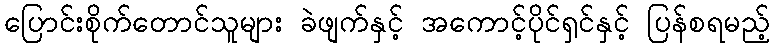
ပြောင်းစိုက်တောင်သူများ ခဲဖျက်နှင့် အကောင့်ပိုင်ရှင်နှင့် ပြန်စရမည့်